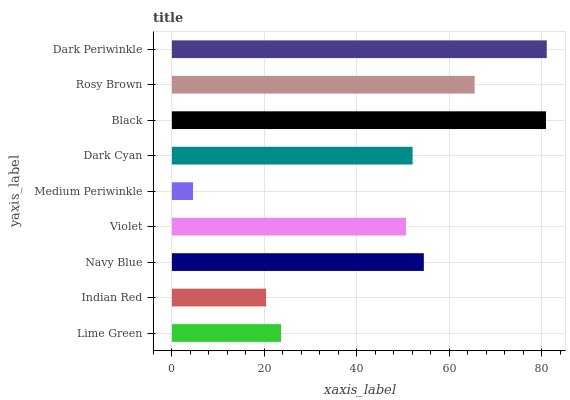
| yaxis_label | bars |
 | --- | --- |
 | Lime Green | 23.6 |
 | Indian Red | 20.4 |
 | Navy Blue | 54.5 |
 | Violet | 50.7 |
 | Medium Periwinkle | 4.58 |
 | Dark Cyan | 52.1 |
 | Black | 80.9 |
 | Rosy Brown | 65.5 |
 | Dark Periwinkle | 81.1 |